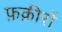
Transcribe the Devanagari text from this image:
फ़क़ीरों